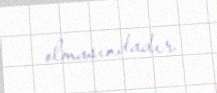
olmasındadır.